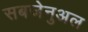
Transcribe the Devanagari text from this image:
सबजेनुअल